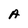
Character: A